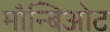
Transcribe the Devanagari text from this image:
मौन्बिओट